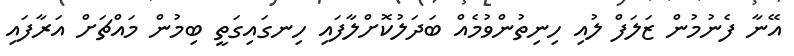
އޭނާ ފެނުމުން ޒަލަފް ލުއި ހިނިތުންވުމެއް ބަދަލުކޮށްލާފައި ހިނގައިގަތީ ބިމުން މައްޗަށް އަރާފައި